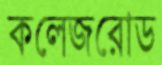
কলেজরোড